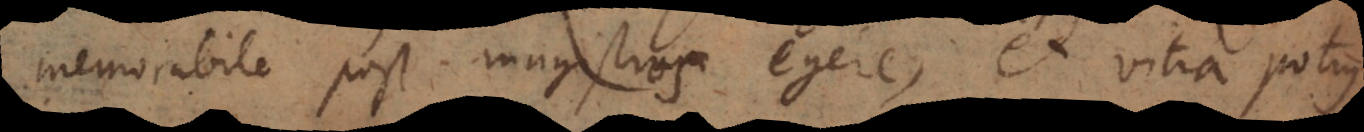
memorabile post magistros egere, et vitia potius